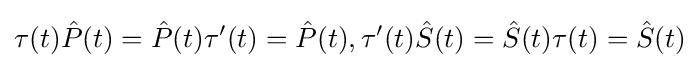
\tau (t){\hat {P}}(t)={\hat {P}}(t)\tau '(t)={\hat {P}}(t),\tau '(t){\hat {S}}(t)={\hat {S}}(t)\tau (t)={\hat {S}}(t)